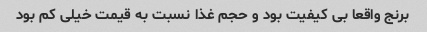
برنج واقعا بی کیفیت بود و حجم غذا نسبت به قیمت خیلی کم بود